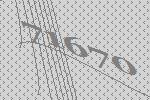
71670